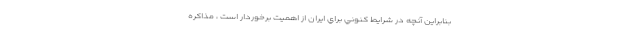
بنابراين آنچه در شرايط كنوني براي ايران از اهميت برخوردار است ، مذاكره